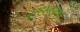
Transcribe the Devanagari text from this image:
बुरहानपुरात